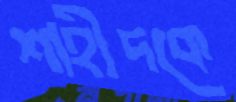
শাহীদকে